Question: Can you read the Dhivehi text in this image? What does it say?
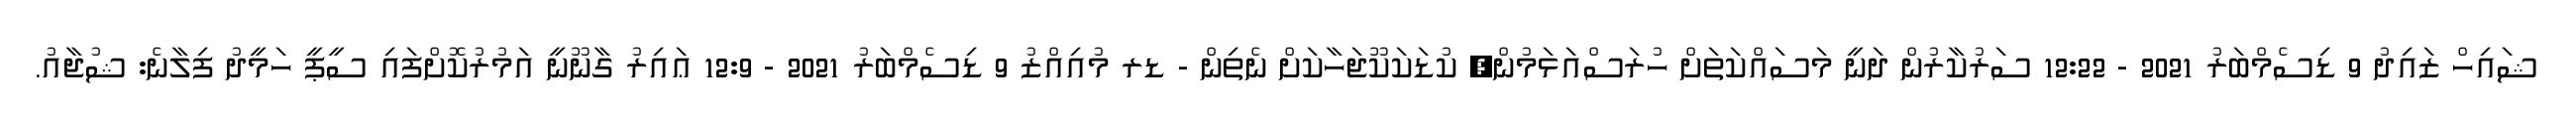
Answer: ޝައިހް ޒައިދު 9 ޑިސެމްބަރު 2021 - 12:22 ސަރުކާރުން ދަނީ މަސައްކަތަށް ހުރަސްއަޅަމުން; ކުޑަކަކޫޖަހާކަށް ނެތިން - ޑރ މުއިއްޒު 9 ޑިސެމްބަރު 2021 - 12:9 ޢައިރު ގާނޫނީ އަމުރުކޮށްފައި ސީޕީ ހަމީދު ފިލާނެ: ޝުޖާއު.